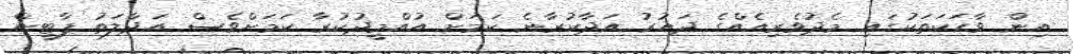
އިން ވާހަކަތަކުގައި މެދުވެރިއެއްގެ ދައުރު އަދާކުރާނެ ކަމަށް އުއްމީދުކުރާ ކަމަށްވެސް އަދާލަތު ޕާޓީން